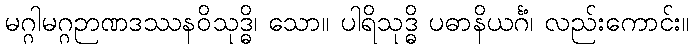
မဂ္ဂါမဂ္ဂဉာဏဒဿနဝိသုဒ္ဓိ၊ သော။ ပါရိသုဒ္ဓိ ပဓာနိယင်္ဂံ၊ လည်းကောင်း။